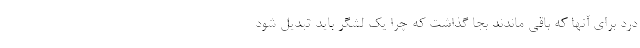
درد برای آنها که باقی ماندند بجا گذاشت که چرا یک لشگر باید تبدیل شود